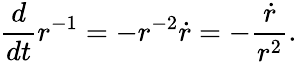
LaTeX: {\frac{d}{dt}}r^{-1}=-r^{-2}{\dot{r}}=-{\frac{\dot{r}}{r^{2}}}.